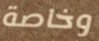
وخاصة